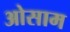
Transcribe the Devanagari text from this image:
ओसाम